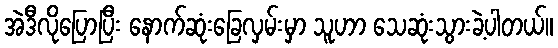
အဲဒီလိုပြောပြီး နောက်ဆုံးခြေလှမ်းမှာ သူဟာ သေဆုံးသွားခဲ့ပါတယ်။